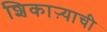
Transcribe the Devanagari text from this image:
शिकाऱ्याची